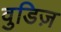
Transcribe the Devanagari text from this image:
वुडिज़